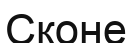
Сконе